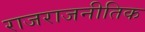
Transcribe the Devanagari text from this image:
राजराजनीतिक